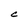
Character: C